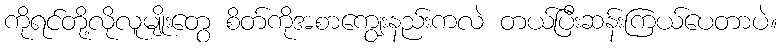
ကိုရင်တို့လိုလူမျိုးတွေ စိတ်ကိုအစာကျွေးနည်းကလဲ တယ်ပြီးဆန်းကြယ်ပေတာပဲ။